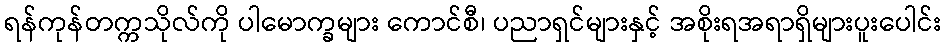
ရန်ကုန်တက္ကသိုလ်ကို ပါမောက္ခများ ကောင်စီ၊ ပညာရှင်များနှင့် အစိုးရအရာရှိများပူးပေါင်း